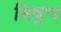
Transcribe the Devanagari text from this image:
मिष्रण